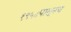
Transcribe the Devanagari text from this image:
१९५८पासूनच